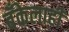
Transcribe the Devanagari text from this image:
बँकेलाही